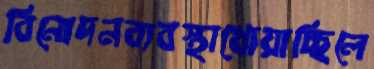
বিনোদনব্যবস্থাখোয়াচ্ছিলে